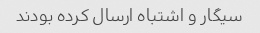
سیگار و اشتباه ارسال کرده بودند